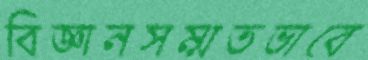
বিজ্ঞানসম্মতভাবে